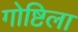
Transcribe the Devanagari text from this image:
गोष्टिला